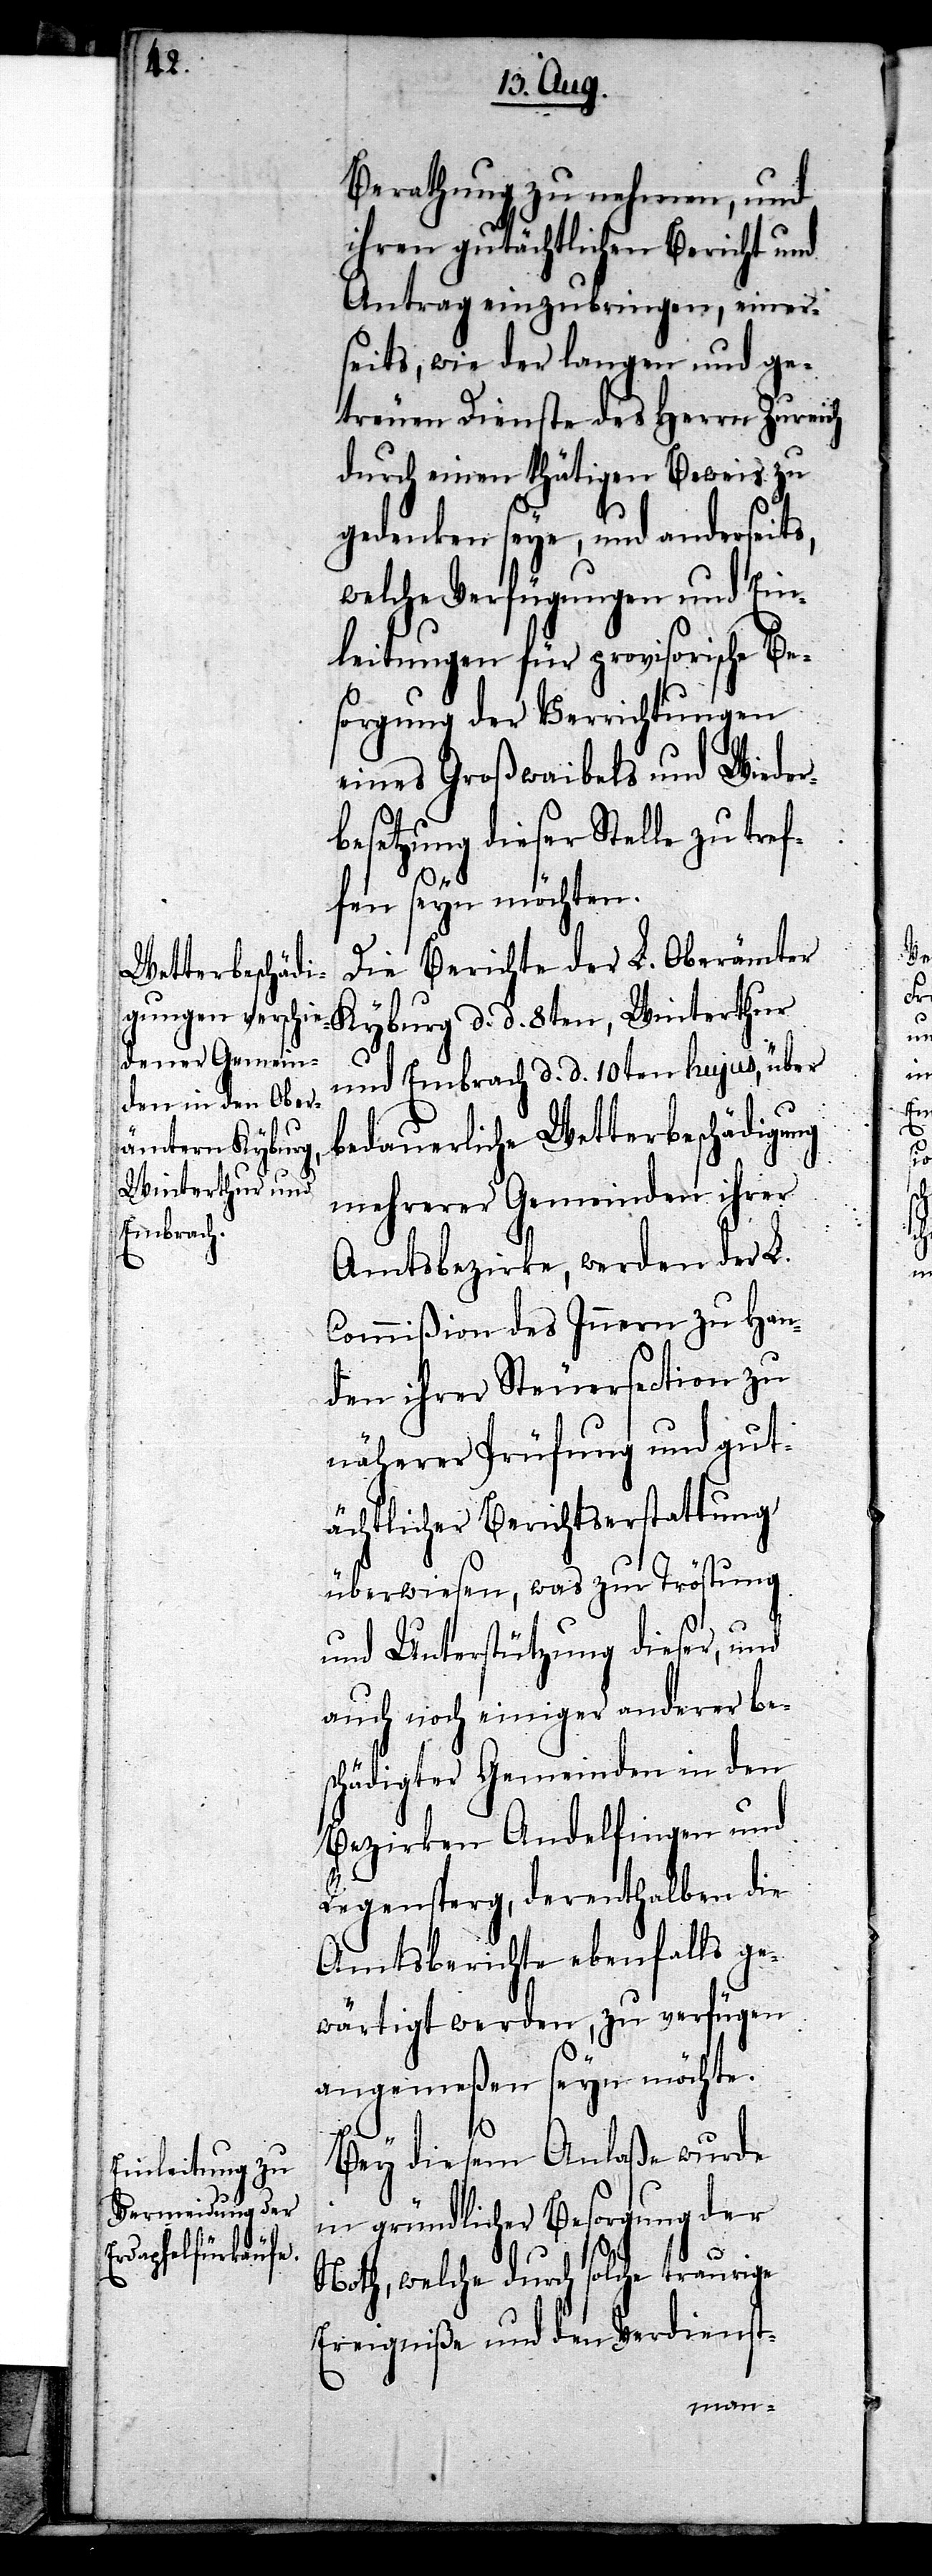
Berathung zu nehmen, und
ihren gutächtlichen Bericht und
Antrag einzubringen, einer¬
seits, wie der langen und ge¬
treuen Dienste des Herrn Zureich
durch einen thätigen Beweis zu
gedenken seye, und anderseit¬
welche Verfügungen und Ein¬
leitungen für provisorische Be¬
sorgung der Verrichtungen
eines Großwaibels und Wieder¬
besetzung dieser Stelle zu tref¬
8ten,
fen seyn möchten.
Die Berichte der L. Oberämter
und Embrach d. d. 10ten hujus, über
bedauerliche Wetterbeschädigung
Winterthur
mehrerer Gemeinden ihrer
Amtsbezirke, werden der L.
Commißion des Innern zu Han¬
den ihrer Steuersection zu
näherer Prüfung und gut¬
ächtlicher Berichtserstattung
überwiesen, was zur Tröstung
und Unterstützung dieser, und
auch noch einiger anderer be¬
schädigter Gemeinden in den
Bezirken Andelfingen und
Regensperg, derenthalben die
Amtsberichte ebenfalls ge¬
wärtigt werden, zu verfügen
angemeßen seyn möchte.
Bey diesem Anlaße wurde
in gründlicher Besorgung der
Noth, welche durch solche traurige
Ereigniße und den Verdienst-